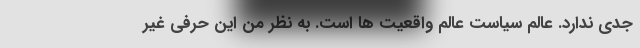
جدی ندارد. عالم سیاست عالم واقعیت ها است. به نظر من این حرفی غیر